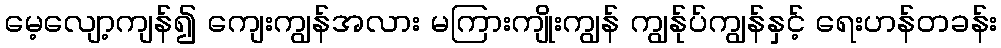
မေ့လျော့ကျန်၍ ကျေးကျွန်အလား မကြားကျိုးကျွန် ကျွန်ုပ်ကျွန်နှင့် ရေးဟန်တခန်း